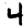
Digit: 4